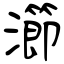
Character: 瀄